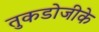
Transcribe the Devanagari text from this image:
तुकडोजीके